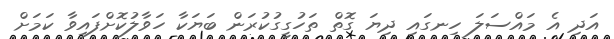
އަދި އެ މައްސަލަ ހިނގައި ދިޔަ ގޮތް ތަހުގީގުކުރަން ބަޔަކާ ހަވާލުކޮށްފައިވާ ކަމަށް